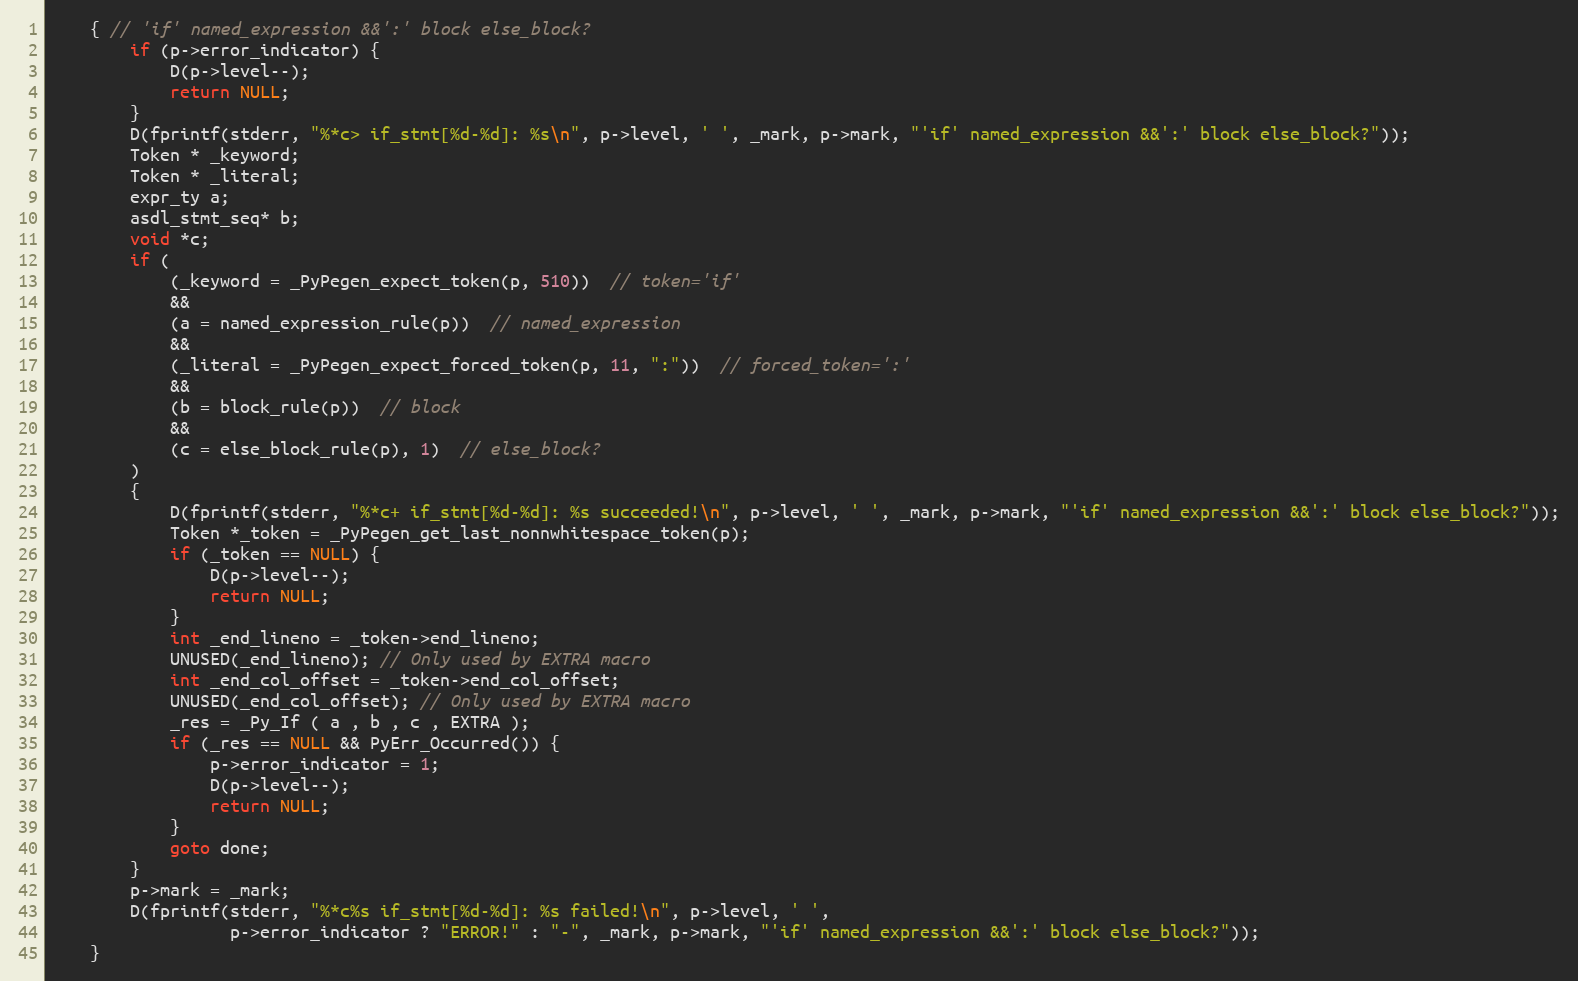
Language: C
    { // 'if' named_expression &&':' block else_block?
        if (p->error_indicator) {
            D(p->level--);
            return NULL;
        }
        D(fprintf(stderr, "%*c> if_stmt[%d-%d]: %s\n", p->level, ' ', _mark, p->mark, "'if' named_expression &&':' block else_block?"));
        Token * _keyword;
        Token * _literal;
        expr_ty a;
        asdl_stmt_seq* b;
        void *c;
        if (
            (_keyword = _PyPegen_expect_token(p, 510))  // token='if'
            &&
            (a = named_expression_rule(p))  // named_expression
            &&
            (_literal = _PyPegen_expect_forced_token(p, 11, ":"))  // forced_token=':'
            &&
            (b = block_rule(p))  // block
            &&
            (c = else_block_rule(p), 1)  // else_block?
        )
        {
            D(fprintf(stderr, "%*c+ if_stmt[%d-%d]: %s succeeded!\n", p->level, ' ', _mark, p->mark, "'if' named_expression &&':' block else_block?"));
            Token *_token = _PyPegen_get_last_nonnwhitespace_token(p);
            if (_token == NULL) {
                D(p->level--);
                return NULL;
            }
            int _end_lineno = _token->end_lineno;
            UNUSED(_end_lineno); // Only used by EXTRA macro
            int _end_col_offset = _token->end_col_offset;
            UNUSED(_end_col_offset); // Only used by EXTRA macro
            _res = _Py_If ( a , b , c , EXTRA );
            if (_res == NULL && PyErr_Occurred()) {
                p->error_indicator = 1;
                D(p->level--);
                return NULL;
            }
            goto done;
        }
        p->mark = _mark;
        D(fprintf(stderr, "%*c%s if_stmt[%d-%d]: %s failed!\n", p->level, ' ',
                  p->error_indicator ? "ERROR!" : "-", _mark, p->mark, "'if' named_expression &&':' block else_block?"));
    }